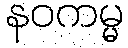
နဝကမ္မ